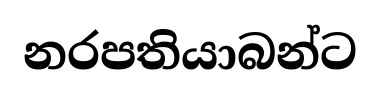
නරපතියාබන්ට